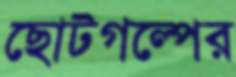
ছোটগল্পের